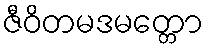
ဇီဝိတမဒမတ္တော